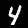
Label: 4